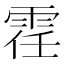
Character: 𫕤